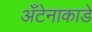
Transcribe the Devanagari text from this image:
अँटेनाकाडे